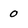
Character: 0